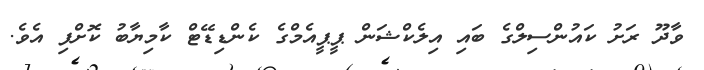
ވާދޫ ރަށު ކައުންސިލްގެ ބައި އިލެކްޝަން ޕީޕީއެމްގެ ކެންޑިޑޭޓް ކާމިޔާބު ކޮށްފި އެވެ.